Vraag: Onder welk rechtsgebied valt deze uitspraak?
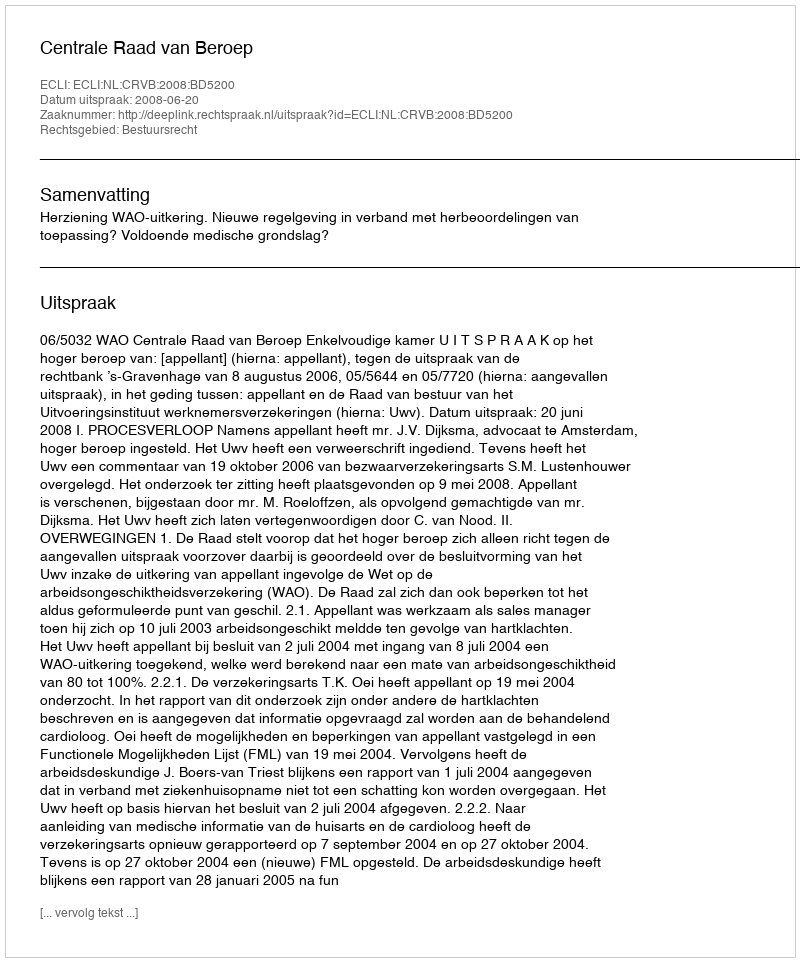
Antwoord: Bestuursrecht